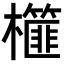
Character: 𣟢